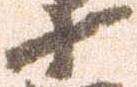
十